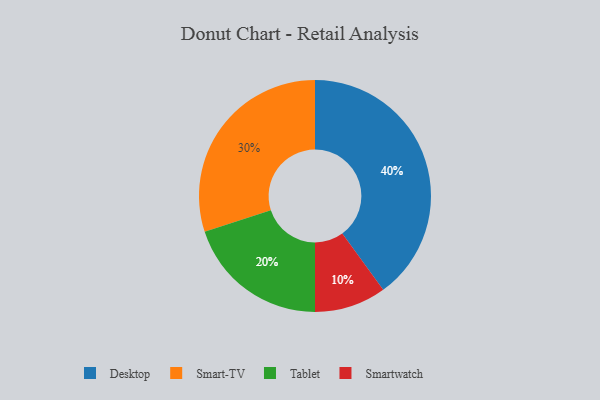
{"axis": {"x": "Category", "y": "Percentage"}, "legend": ["Desktop", "Smart-TV", "Smartwatch", "Tablet"], "data": [{"x": "Tablet", "y": 20, "type": "Tablet"}, {"x": "Smart-TV", "y": 30, "type": "Smart-TV"}, {"x": "Smartwatch", "y": 10, "type": "Smartwatch"}, {"x": "Desktop", "y": 40, "type": "Desktop"}]}